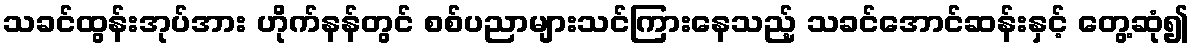
သခင်ထွန်းအုပ်အား ဟိုက်နန်တွင် စစ်ပညာများသင်ကြားနေသည့် သခင်အောင်ဆန်းနှင့် တွေ့ဆုံ၍